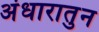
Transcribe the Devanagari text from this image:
अंधारातुन